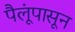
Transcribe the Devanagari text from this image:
पैलूंपासून